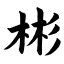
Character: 彬